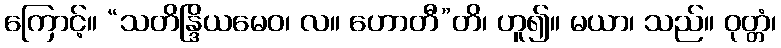
ကြောင့်။ “သတိန္ဒြိယမေဝ၊ လ။ ဟောတီ”တိ၊ ဟူ၍။ မယာ၊ သည်။ ဝုတ္တံ၊